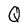
Character: Q